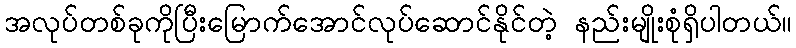
အလုပ်တစ်ခုကိုပြီးမြောက်အောင်လုပ်ဆောင်နိုင်တဲ့ နည်းမျိုးစုံရှိပါတယ်။